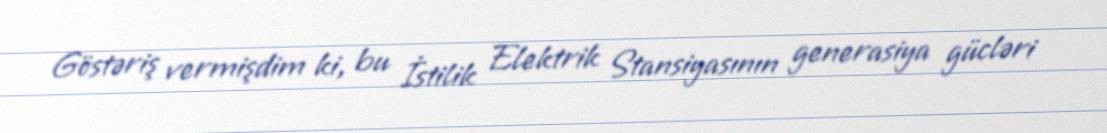
Göstəriş vermişdim ki, bu İstilik Elektrik Stansiyasının generasiya gücləri